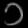
Digit: ၁